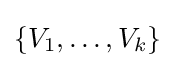
\{V_{1},\ldots ,V_{k}\}